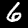
Label: 6